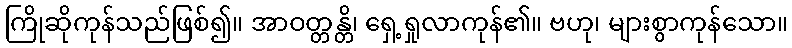
ကြိုဆိုကုန်သည်ဖြစ်၍။ အာဝတ္တန္တိ၊ ရှေ့ရှုလာကုန်၏။ ဗဟု၊ များစွာကုန်သော။